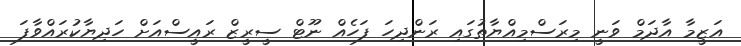
އަޒީމާ އާދަމް ވަނީ މިރަސްމިއްޔާތުގައި ރަންދިހަ ފަހެއް ނޫޓް ސީރީޒް ރައީސްއަށް ހަދިޔާކުރައްވާފަ